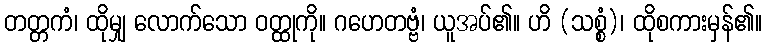
တတ္တကံ၊ ထိုမျှ လောက်သော ဝတ္ထုကို။ ဂဟေတဗ္ဗံ၊ ယူအပ်၏။ ဟိ (သစ္စံ)၊ ထိုစကားမှန်၏။